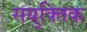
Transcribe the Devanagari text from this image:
सयुक्‍तिक